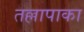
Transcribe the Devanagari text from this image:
तल्लापाका